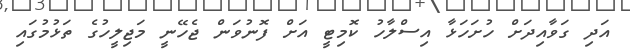
އަދި ގަވާއިދަށް ހުށަހަޅާ އިސްލާހު ކޮމިޓީ އަށް ފޮނުވަން ޖެހޭނީ މަޖިލީހުގެ ތަޅުމުގައި